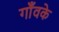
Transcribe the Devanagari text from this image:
गाँवके